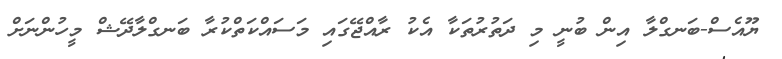
ޔޫއެސް-ބަނގްލާ އިން ބުނީ މި ދަތުރުތަކާ އެކު ރާއްޖޭގައި މަސައްކަތްކުރާ ބަނގްލާދޭޝް މީހުންނަށް